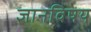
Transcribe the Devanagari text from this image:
ज्ञानविषय